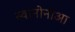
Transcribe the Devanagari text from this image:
स्वानोनोआ